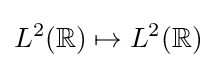
L^{2}(\mathbb {R} )\mapsto L^{2}(\mathbb {R} )